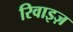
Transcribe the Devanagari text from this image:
रिवाइज़